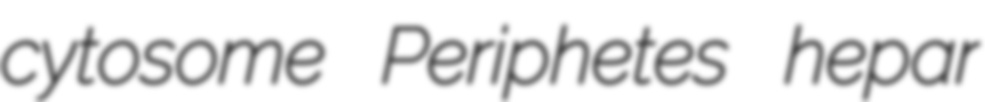
cytosome Periphetes hepar